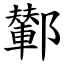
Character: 鄻